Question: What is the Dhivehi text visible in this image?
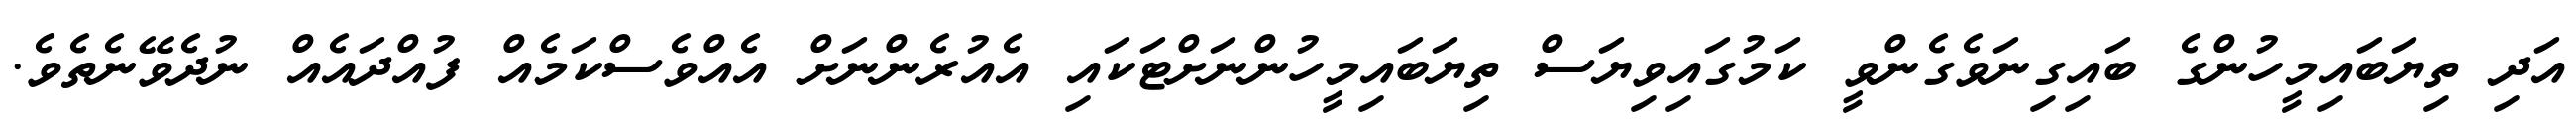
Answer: އަދި ތިޔަބައިމީހުންގެ ބައިގިނަވެގެންވީ ކަމުގައިވިޔަސް ތިޔަބައިމީހުންނަށްޓަކައި އެއުރެންނަށް އެއްވެސްކަމެއް ފުއްދައެއް ނުދެވޭނެތެވެ.